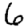
Digit: 6